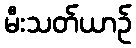
မီးသတ်ယာဉ်